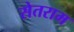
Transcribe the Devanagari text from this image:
सेतराम